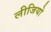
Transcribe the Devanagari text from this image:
लीजियो